Annual report of the Bengal Veterinary College and of the Civil Veterinary Department, Bengal, for the year 1917-18 - 1917-1918
Year: 1917
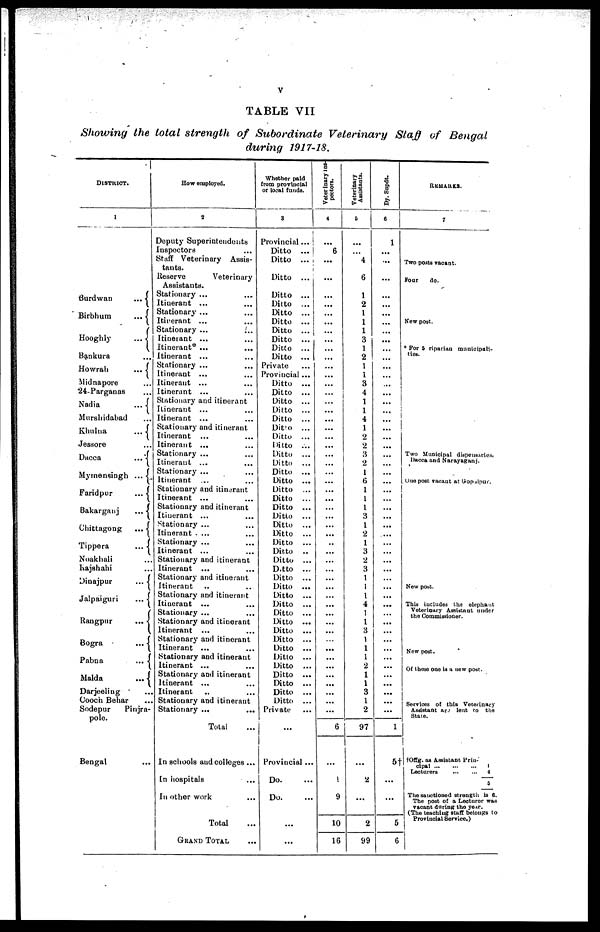
V
TABLE
VII
Showing
the
total
strength
of
Subordinate
Veterinary
Staff
of
Bengal
during
1917-18.
DISTRICT.
1
Burdwan
...
Birbnum
...
Hooghly
...
Bankura ...
Howrah
...
Midnapore ...
24-Parganas ...
Nadia
...
Murshidabad ...
Khulua
...
Jessore ...
Dacca
...
Mymensingh ...
Faridpur
...
Bakarganj
...
Chittagong
...
Tippera
...
Noakhali ...
Rajshahi ...
Dinajpur
...
Jalpaiguri
...
Rangpur
...
Bogra
...
Pabna
...
Malda
...
Darjeeling ...
Cooch Behar ...
Sodepur
Pinjra-
pole.
Bengal ...
How employed.
2
Deputy Superintendents
Inspectors ...
Staff Veterinary
Assis-
tants.
Reserve
Veterinary
Assistants.
Stationary ... ...
Itinerant ... ...
Stationary ... ...
Itinerant ... ...
Stationary ...
...
Itinerant ... ...
Itinerant* ... ...
Itinerant
... ...
Stationary ... ...
Itinerant
... ...
Itinerant ... ...
Itinerant
... ...
Stationary and itinerant
Itinerant
... ...
Itinerant
... ...
Stationary and itinerant
Itinerant ... ...
Itinerant ... ...
Stationary ... ...
Itinerant ... ...
Stationary ... ...
Itinerant ... ...
Stationary and itinerant
Itinerant ... ...
Stationary and itinerant
Itinerant ... ...
Stationary ... ...
Itinerant
... ...
Stationary ... ...
Itinerant ... ...
Stationary and itinerant
Itinerant
... ...
Stationary and itinerant
Itinerant .. ..
Stationary and itinerant
Itinerant
...
...
Stationary ... ...
Stationary and itinerant
Itinerant
... ...
Stationary and itinerant
Itinerant ... ...
Stationary and itinerant
Itinerant ... ...
Stationary and itinerant
Itinerant
... ...
Itinerant .. ...
Stationary and itinerant
Stationary ... ...
Total ...
In schools and colleges ...
In hospitals ...
In other work ...
Total ...
GRAND TOTAL ...
Whether paid
from provincial
or local funds.
3
Provincial ...
Ditto
...
Ditto
...
Ditto
...
Ditto
...
Ditto
...
Ditto
...
Ditto
...
Ditto
...
Ditto
...
Ditto
...
Ditto
...
Private ...
Provincial ...
Ditto
...
Ditto
...
Ditto
...
Ditto
...
Ditto
...
Ditto
...
Ditto
...
Ditto
...
Ditto
...
Ditto
...
Ditto
...
Ditto
...
Ditto
...
Ditto
...
Ditto
...
Ditto
...
Ditto
...
Ditto
...
Ditto
...
Ditto
..
Ditto
...
Ditto
...
Ditto
...
Ditto
...
Ditto
...
Ditto
...
Ditto
...
Ditto
...
Ditto
...
Ditto
...
Ditto
...
Ditto
...
Ditto
...
Ditto
...
Ditto
...
Ditto
...
Ditto
...
Private ...
...
Provincial ...
Do. ...
Do. ...
...
...
Veterinary ins-
pectors.
4
...
6
...
...
...
...
...
...
...
...
...
...
...
...
...
...
...
...
...
...
...
...
...
...
...
...
...
...
...
...
...
...
..
...
...
...
...
...
...
...
...
...
...
...
...
...
...
...
...
...
...
...
6
...
1
9
10
16
Veterinary
Assistants.
5
...
...
4
6
1
2
1
1
1
3
1
2
1
1
3
4
1
1
4
1
2
2
3
2
1
6
1
1
1
3
1
2
1
3
2
3
1
1
1
4
1
1
3
1
1
1
2
1
1
3
1
2
97
...
2
...
2
99
Dy. Supdt.
6
1
...
...
...
...
...
...
...
...
...
...
...
...
...
...
...
... ...
...
...
...
...
...
...
...
...
...
...
...
...
...
...
...
...
...
...
...
...
...
...
...
...
...
...
...
... ...
...
...
1
5†
...
...
5
6
REMARKS.
7
Two posts vacant.
Four
do.
New post.
* For 5 riparian municipali-
ties.
Two Municipal dispensaries.
Dacca and Narayaganj.
One post vacant at Gopalpur.
New post.
This includes the elephant
Veterinary Assistant under
the Commissioner.
New post.
Of these one is a new post.
Services of this Veterinary
Assistant are lent to the
State.
† Offg. as Assistant Prin-
cipal ... ... ... 1
Lecturers
...
...
4
5
The sanctioned strength is 6.
The post of a Lecturer was
vacant during the year.
(The teaching staff belongs to
Provincial Service.)